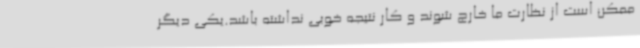
ممکن است از نظارت ما خارج شوند و کار نتیجه خوبی نداشته باشد.یکی دیگر